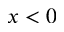
x < 0